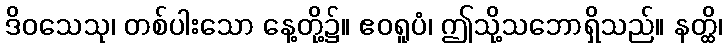
ဒိဝသေသု၊ တစ်ပါးသော နေ့တို့၌။ ဧဝရူပံ၊ ဤသို့သဘောရှိသည်။ နတ္ထိ၊